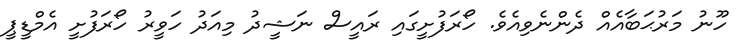
ހޫނު މަރުޙަބާއެއް ދެންނެވިއެވެ. ހޯރަފުށީގައި ރައީސް ނަޝީދު މިއަދު ހަވީރު ހޯރަފުށީ އެމްޑީޕީ